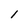
Character: 1